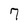
Character: 7